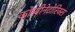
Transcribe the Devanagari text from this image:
कोम्बीनेटोरिक्स